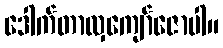
ဒေါက်တာလှကျော်ဇောပါ။